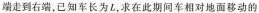
端走到右端，已知军长为L，求在此期间车相对地面移动的